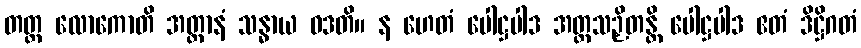
တတ္ထ လောကောတိ အတ္တာနံ သန္ဓာယ ဝဒတိ။ န ဟေတံ ပေါဋ္ဌပါဒ အတ္ထသဉှိတန္တိ ပေါဋ္ဌပါဒ ဧတံ ဒိဋ္ဌိဂတံ